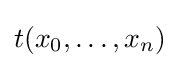
t(x_{0},\dots ,x_{n})